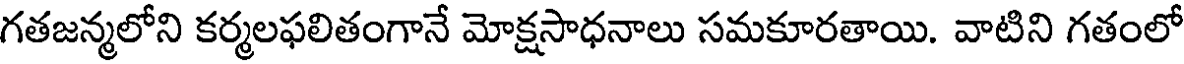
గతజన్మలోని కర్మలఫలితంగానే మోక్షసాధనాలు సమకూరతాయి. వాటిని గతంలో